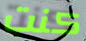
كنت